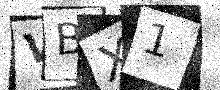
Text: VBX1